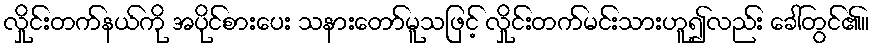
လှိုင်းတက်နယ်ကို အပိုင်စားပေး သနားတော်မူသဖြင့် လှိုင်းတက်မင်းသားဟူ၍လည်း ခေါ်တွင်၏။